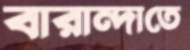
বারান্দাতে